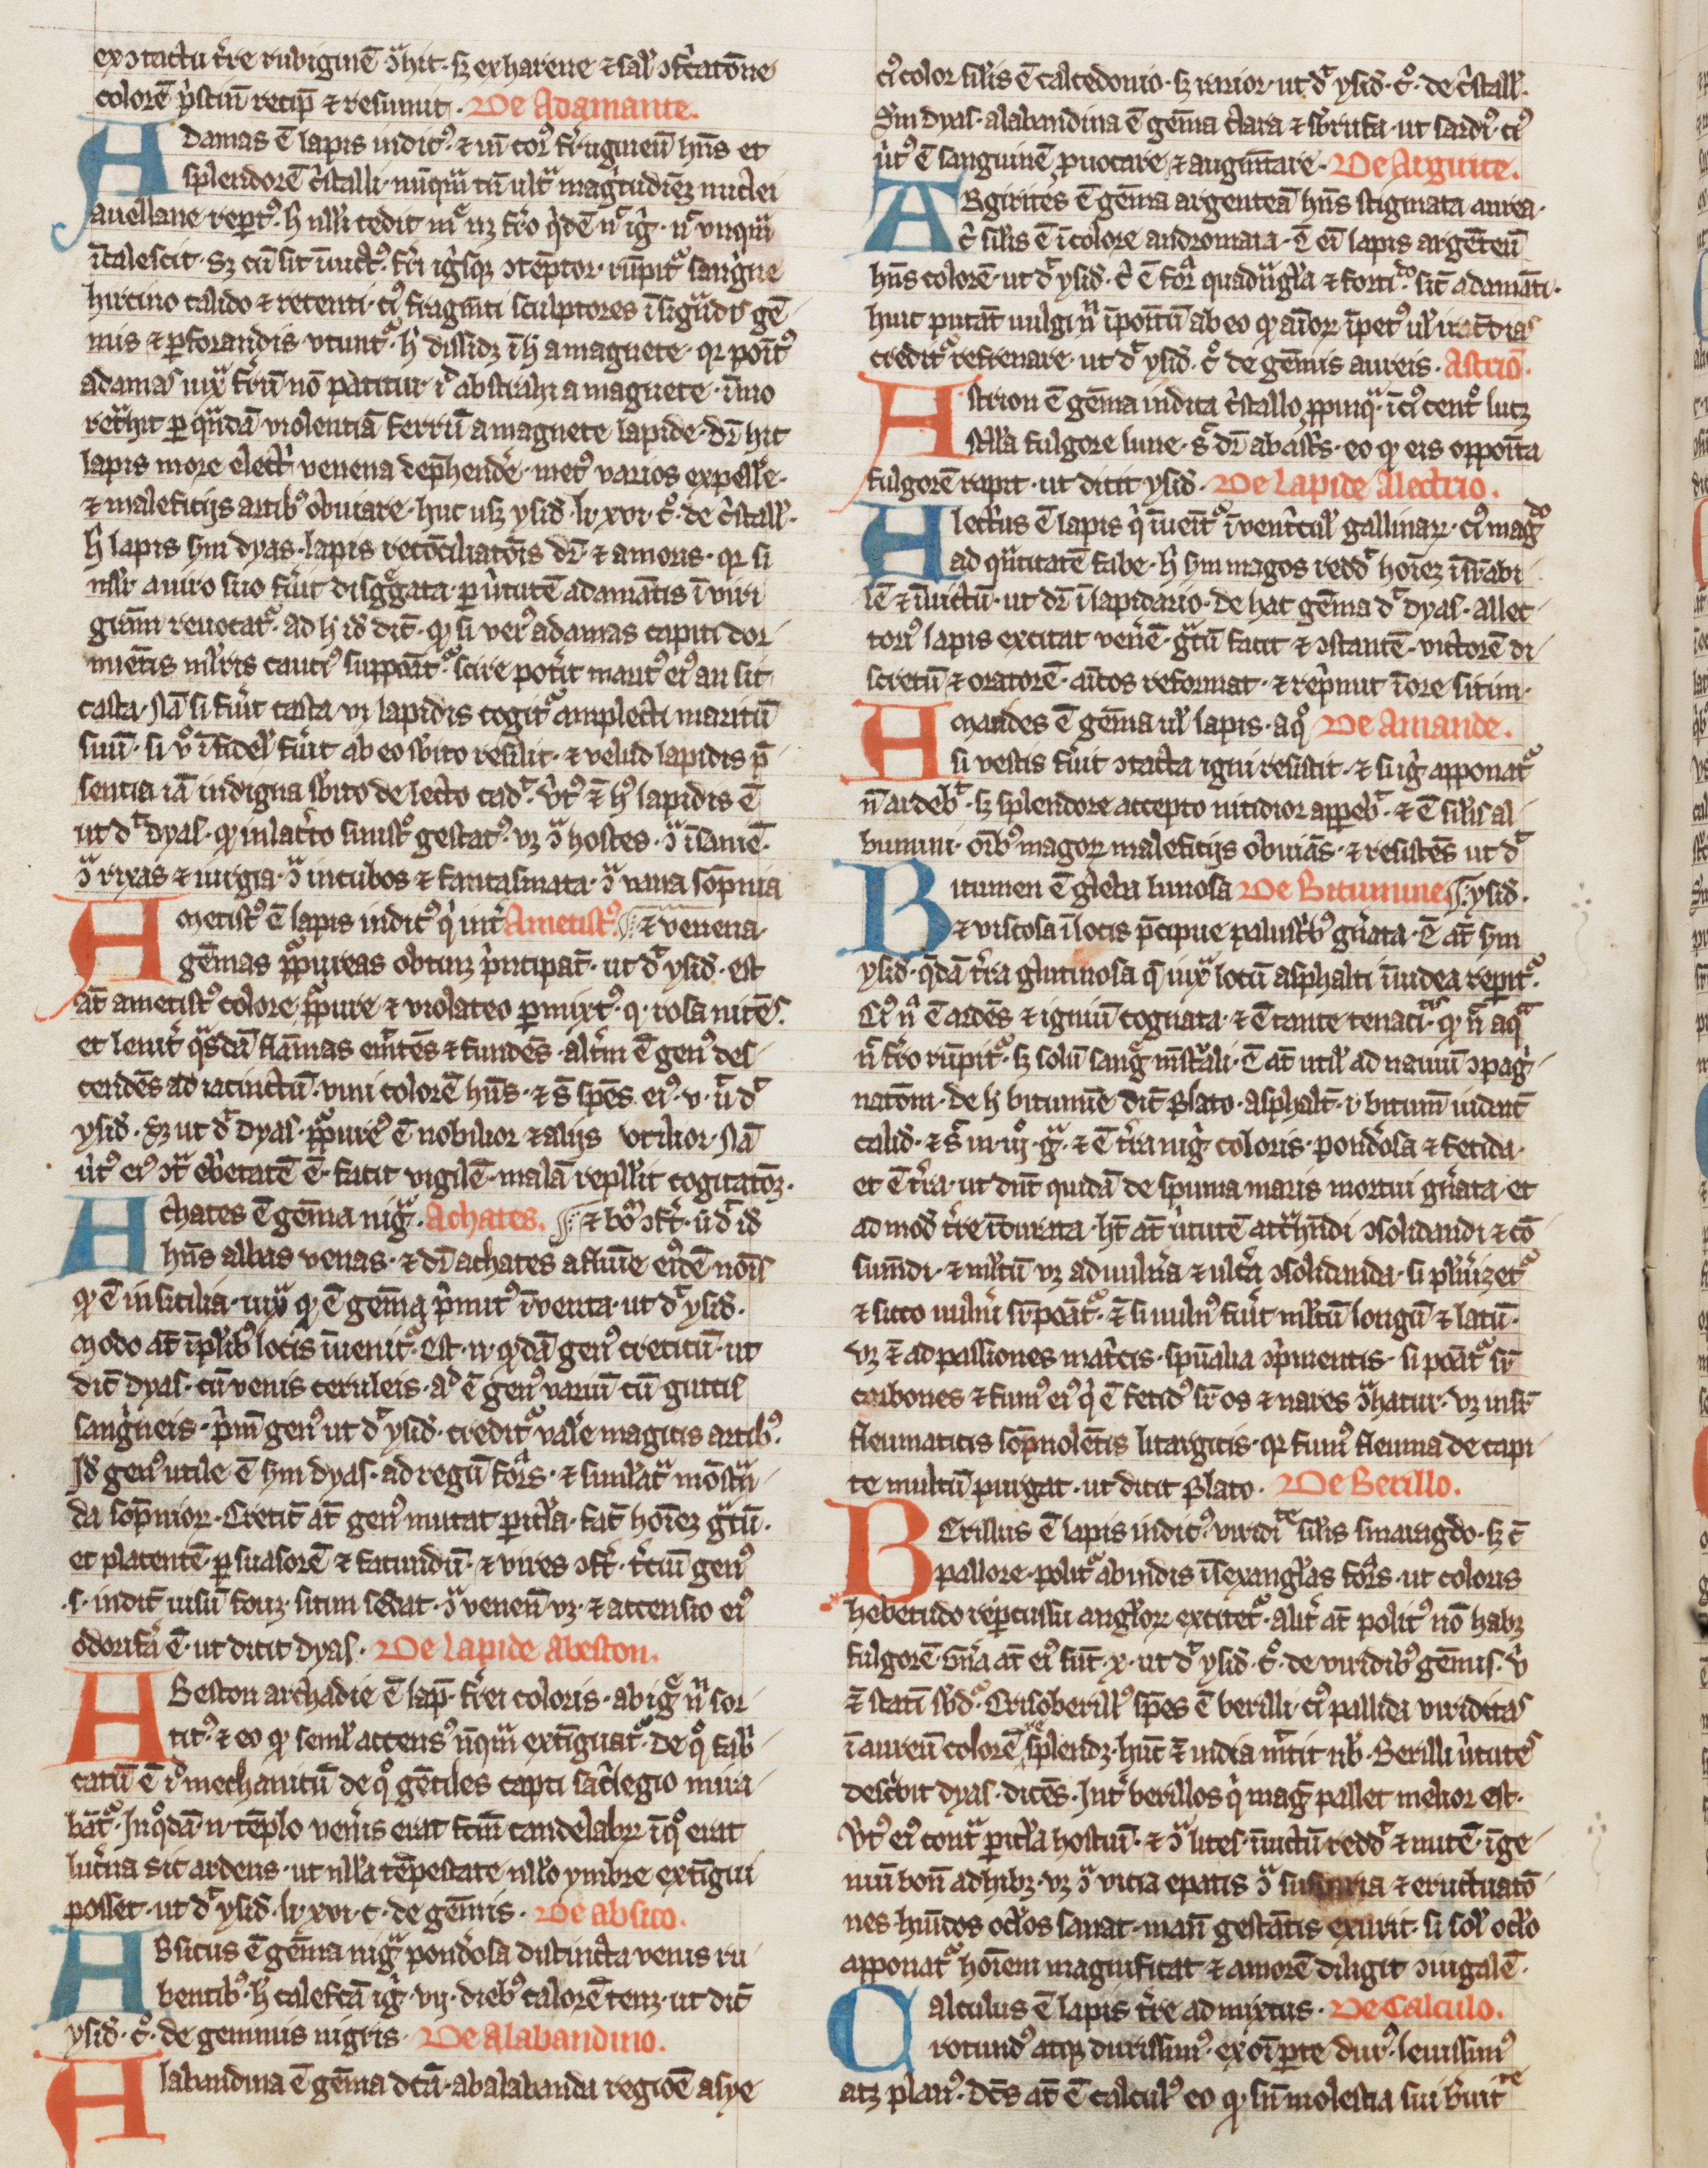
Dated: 1300–1399